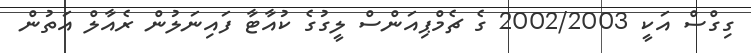
ގިގްސް އަކީ 2002/2003 ގެ ޗެމްޕިއަންސް ލީގުގެ ކުއާޓާ ފައިނަލުން ރެއާލް އަތުން